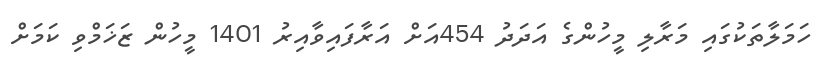
ހަމަލާތަކުގައި މަރާލި މީހުންގެ އަދަދު 454އަށް އަރާފައިވާއިރު 1401 މީހުން ޒަޚަމްވި ކަމަށް